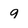
Character: 9